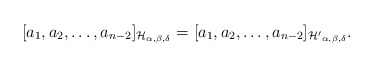
\begin{align*}[a_1,a_2,\ldots,a_{n-2}]_{\mathcal{H}_{\alpha,\beta,\delta}}=[a_1,a_2,\ldots,a_{n-2}]_{\mathcal{H'}_{\alpha,\beta,\delta}}.\end{align*}